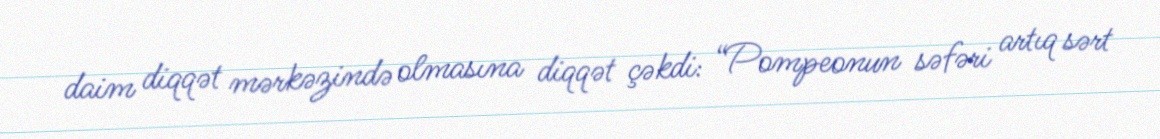
daim diqqət mərkəzində olmasına diqqət çəkdi: “Pompeonun səfəri artıq sərt